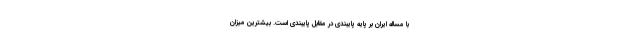
با مساله ایران بر پایه پایبندی در مقابل پایبندی است. بیشترین میزان